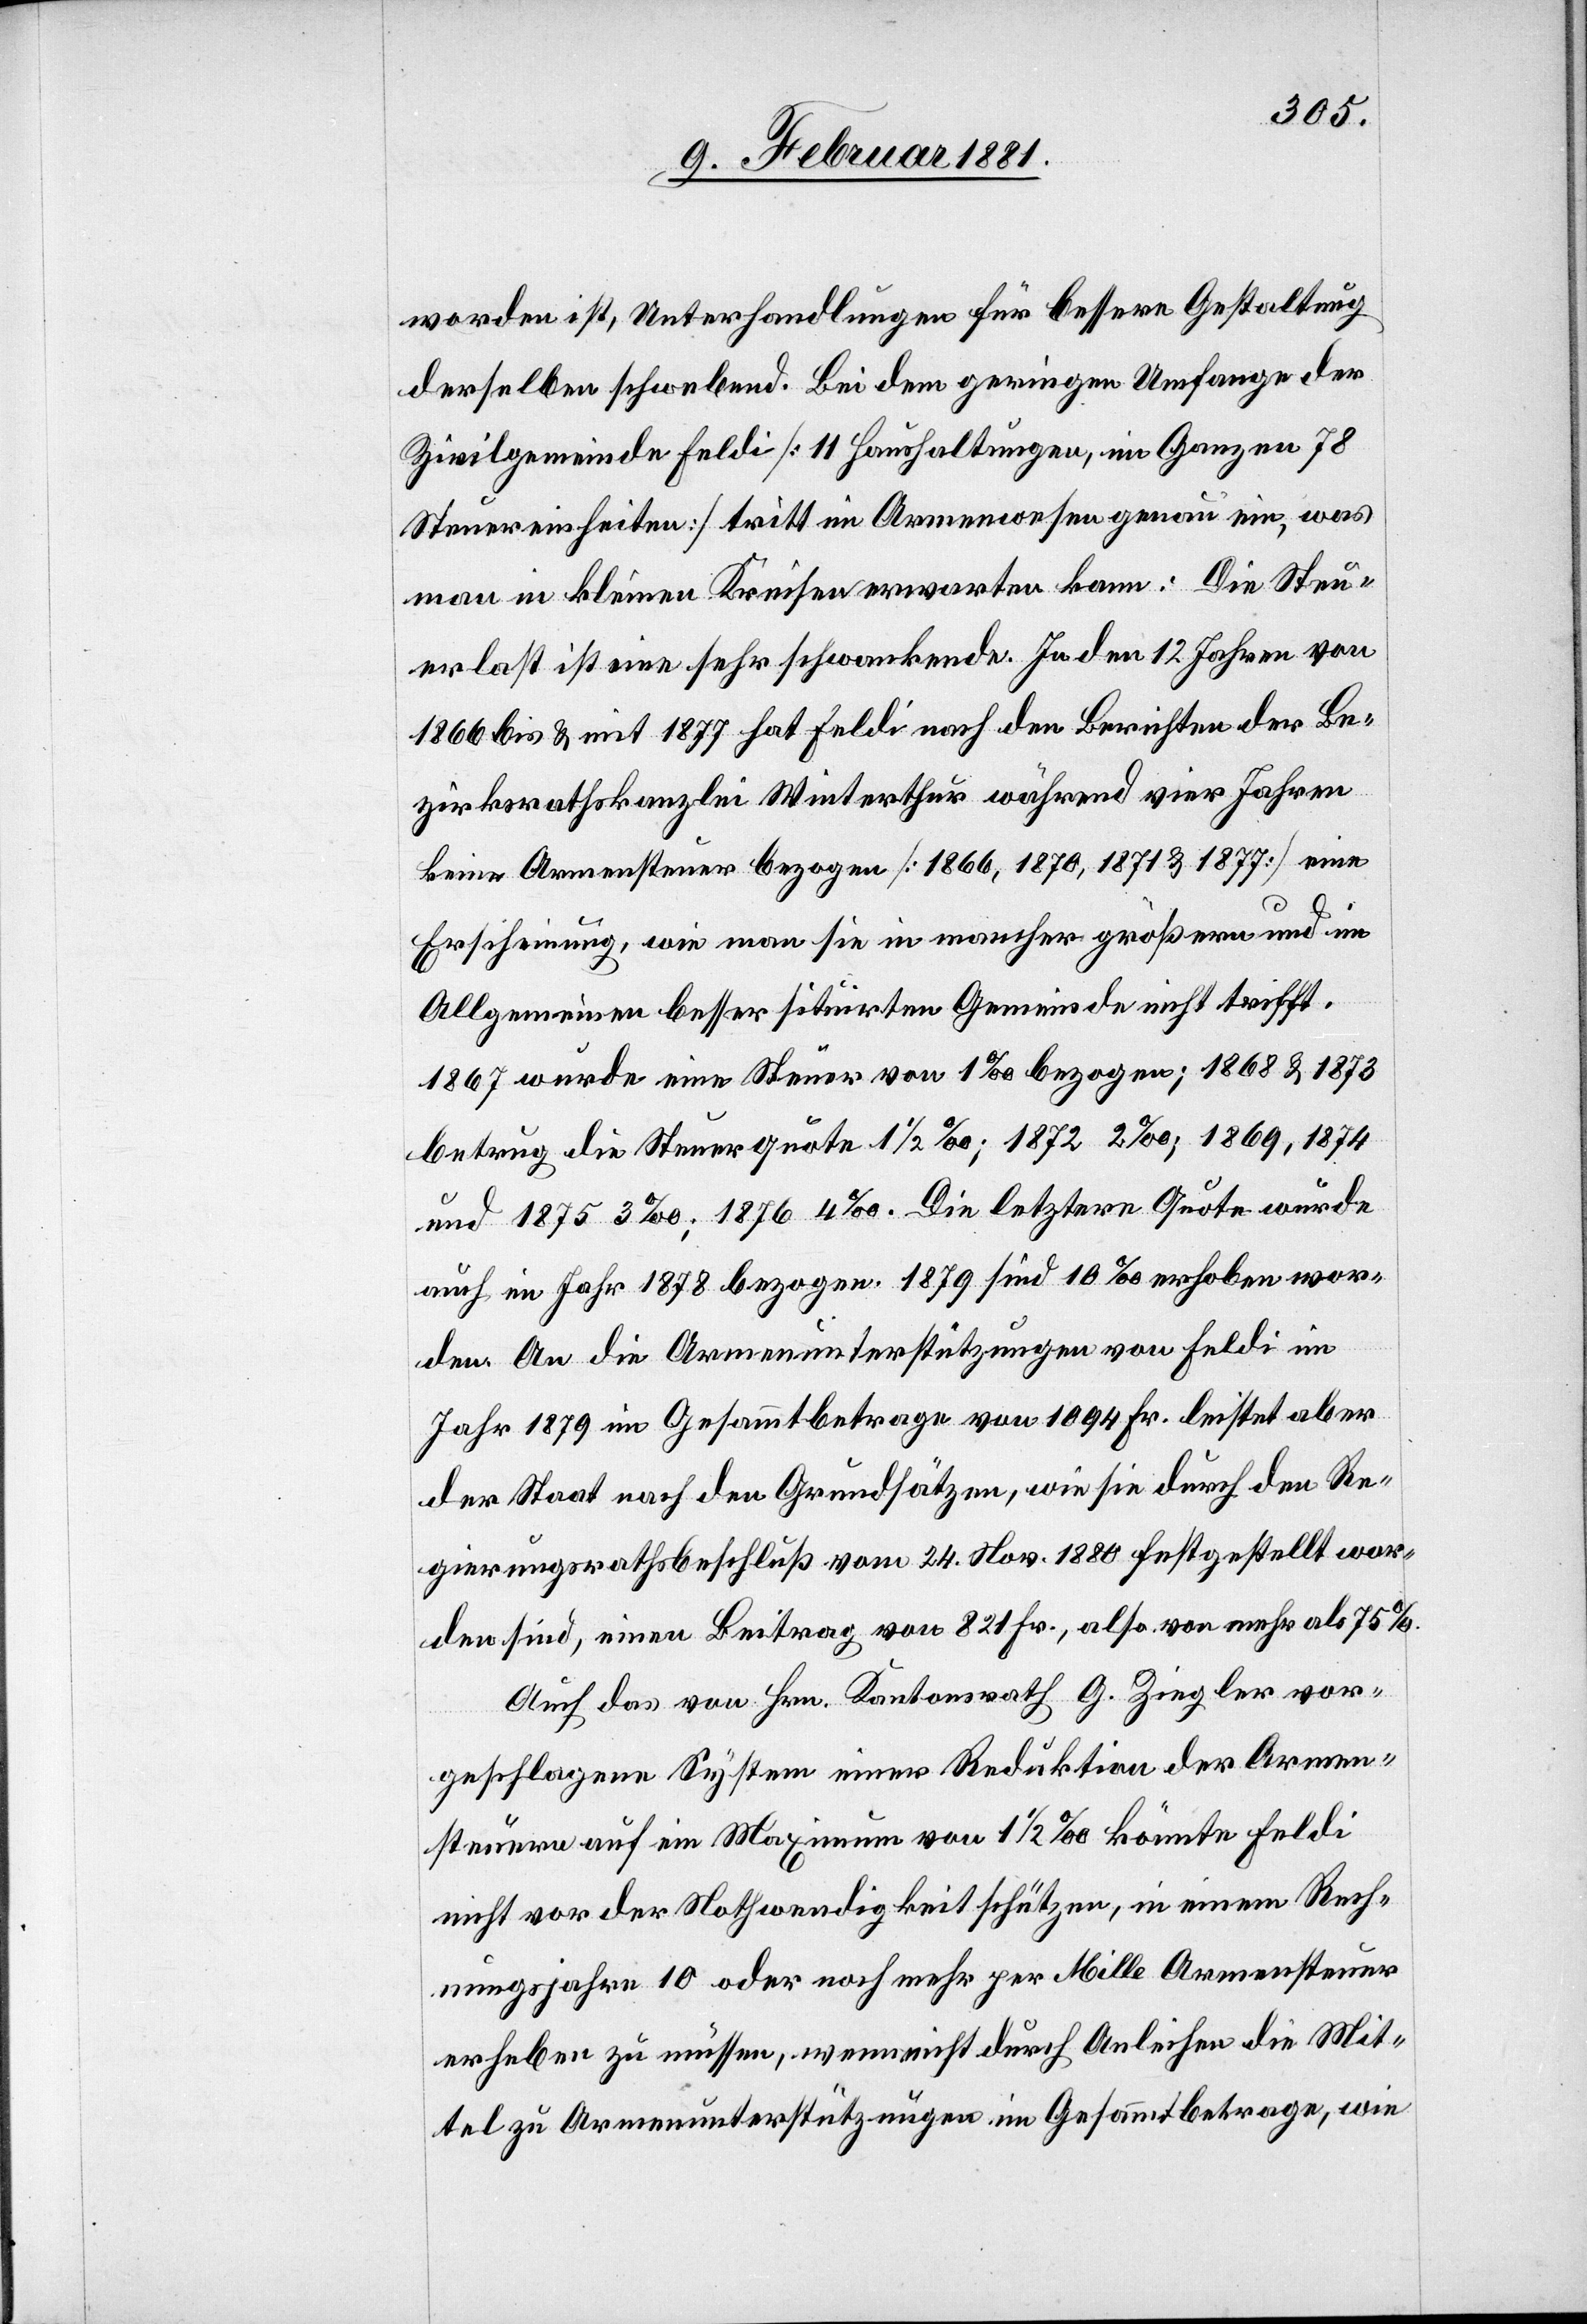
worden ist, Unterhandlungen für bessere Gestaltung
derselben schwebend. Bei dem geringen Umfange der
Zivilgemeinde Feldi [11 Haushaltungen, im Ganzen 78
Steuereinheiten] tritt im Armenwesen genau ein, was
man in kleinen Kreisen erwarten kann: Die Steu¬
erlast ist eine sehr schwankende. In den 12 Jahren von
1866 bis & mit 1877 hat Feldi nach den Berichten der Be¬
zirksrathskanzlei Winterthur während vier Jahren
keine Armensteuer bezogen [1866, 1870, 1871 & 1877] eine
Erscheinung, wie man sie in mancher größern und im
Allgemeinen besser situirten Gemeinde nicht trifft.
1867 wurde eine Steuer von 1‰; 1868 & 1873 betrug
und 1875 3‰; 1876 4‰. Die letztere Quote wurde
auch im Jahr 1878 bezogen. 1879 sind 10% erhoben wor¬
den. An die Armenunterstützungen von Feldi im
Jahr 1879 im Gesammtbetrage von 1094 Fr. leistet aber
der Staat nach den Grundsätzen, wie sie durch den Re¬
gierungsrathsbeschluß vom 24. Nov. 1880 festgestellt wor¬
den sind, einen Beitrag von 821 Fr., also von mehr als 75%.
Auch das von Hrn. Kantonsrath G. Ziegler vor¬
geschlagene System einer Reduktion der Armen¬
steuern auf ein Maximum von 1 1/2‰ könnte Feldi
nicht vor der Nothwendigkeit schützen, in einem Rech¬
nungsjahre 10 oder noch mehr per Mille Armensteuer
erheben zu müssen, wenn nicht durch Anleihen die Mit¬
tel zu Armenunterstützungen im Gesammtbetrage, wie